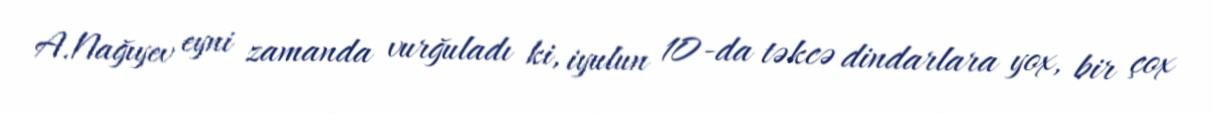
A.Nağıyev eyni zamanda vurğuladı ki, iyulun 10-da təkcə dindarlara yox, bir çox